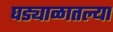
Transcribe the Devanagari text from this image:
घड्याळातल्या